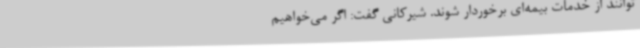
توانند از خدمات بیمه‌ای برخوردار شوند. شیرکانی گفت: اگر می‌خواهیم